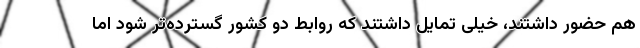
هم حضور داشتند، خیلی تمایل داشتند که روابط دو کشور گسترده‌تر شود اما